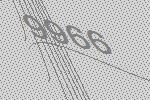
9966